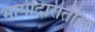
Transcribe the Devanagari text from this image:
भागीदारीतील